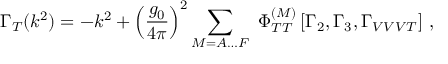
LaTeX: \Gamma _ { T } ( k ^ { 2 } ) = - k ^ { 2 } + \left( \frac { g _ { 0 } } { 4 \pi } \right) ^ { 2 } \sum _ { M = A \ldots F } \, \, \Phi _ { T T } ^ { ( M ) } \left[ \Gamma _ { 2 } , \Gamma _ { 3 } , \Gamma _ { V V V T } \right] \, ,